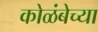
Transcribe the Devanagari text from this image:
कोळंबेच्या